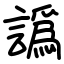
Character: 譌